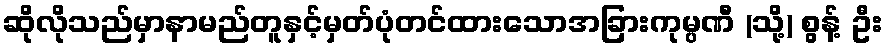
ဆိုလိုသည်မှာနာမည်တူနှင့်မှတ်ပုံတင်ထားသောအခြားကုမ္ပဏီ (သို့) စွန့် ဦး